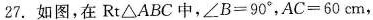
27.如图，在Rt△ABC中，$$∠ B = 9 0 °$$，$$A C = 6 0 c m$$，